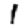
Digit: 1